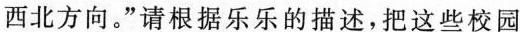
西北方向。”请根据乐乐的描述，把这些校园